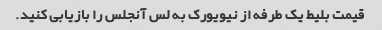
قیمت بلیط یک طرفه از نیویورک به لس آنجلس را بازیابی کنید.